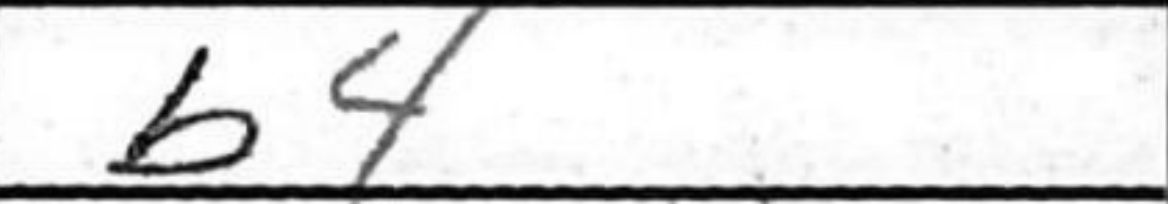
Transcription: b4